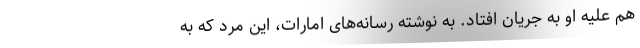
هم علیه او به جریان افتاد. به نوشته رسانه‌های امارات، این مرد که به